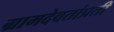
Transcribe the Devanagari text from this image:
ग्रामदेवतांप्रती